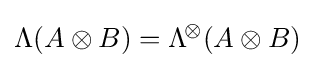
\mathrm {\Lambda } (A\otimes B)=\mathrm {\Lambda } ^{\!\otimes }\!\left({A\otimes B}\right)